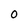
Character: 0